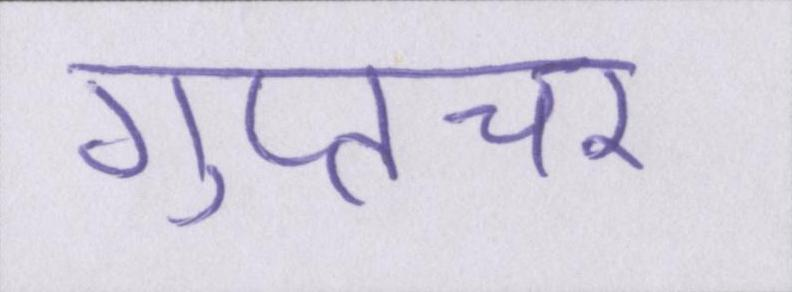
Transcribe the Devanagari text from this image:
गुप्तचर